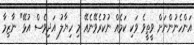
އަންހެނުންނަށް ވީތީވެ ވަކި ކަމެއް ނުކުރެވޭނެއޭ މި ހިޔާލު އަދިވެސް އުޅޭ" ނާޒިމާ